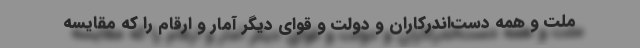
ملت و همه دست‌اندرکاران و دولت و قوای دیگر آمار و ارقام را که مقایسه